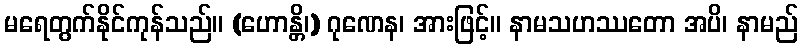
မရေတွက်နိုင်ကုန်သည်။ (ဟောန္တိ၊) ဂုဏေန၊ အားဖြင့်။ နာမသဟဿတော အပိ၊ နာမည်